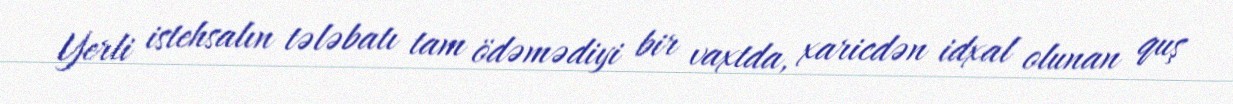
Yerli istehsalın tələbatı tam ödəmədiyi bir vaxtda, xaricdən idxal olunan quş